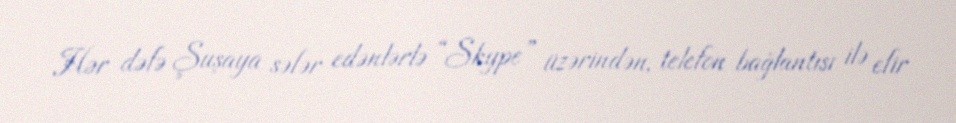
Hər dəfə Şuşaya səfər edənlərlə “Skype” üzərindən, telefon bağlantısı ilə efir